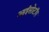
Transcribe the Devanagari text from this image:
आईसोटॉप